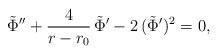
LaTeX: \begin{align*}\tilde{\Phi}'' + {4 \over r - r_0} \, \tilde{\Phi}' - 2 \, (\tilde{\Phi}')^2 = 0,\end{align*}